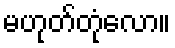
မဟုတ်တုံလော။